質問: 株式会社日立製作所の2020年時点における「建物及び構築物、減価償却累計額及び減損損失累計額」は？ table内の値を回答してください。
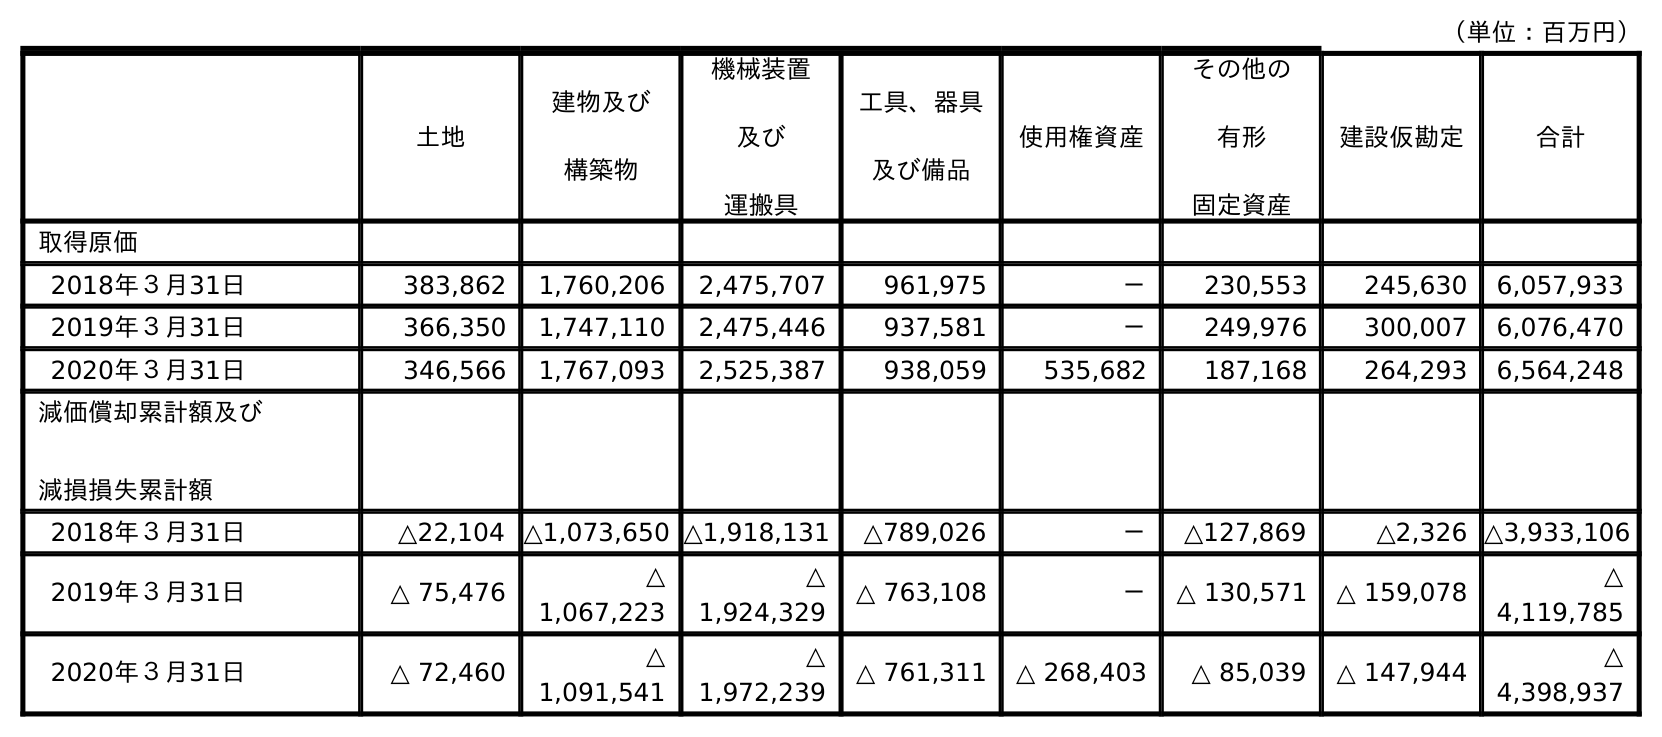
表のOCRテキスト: （単位：百万円） 土地 建物及び 構築物 機械装置 及び 運搬具 工具、器具 及び備品 使用権資産 その他の 有形 固定資産 建設仮勘定 合計 取得原価 2018年３月31日 383,862 1,760,206 2,475,707 961,975 － 230,553 245,630 6,057,933 2019年３月31日 366,350 1,747,110 2,475,446 937,581 － 249,976 300,007 6,076,470 2020年３月31日 346,566 1,767,093 2,525,387 938,059 535,682 187,168 264,293 6,564,248 減価償却累計額及び 減損損失累計額 2018年３月31日 △22,104 △1,073,650 △1,918,131 △789,026 － △127,869 △2,326 △3,933,106 2019年３月31日 △ 75,476 △ 1,067,223 △ 1,924,329 △ 763,108 － △ 130,571 △ 159,078 △ 4,119,785 2020年３月31日 △ 72,460 △ 1,091,541 △ 1,972,239 △ 761,311 △ 268,403 △ 85,039 △ 147,944 △ 4,398,937
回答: △1,091,541